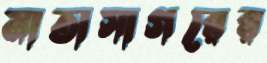
মাতাসাগরের